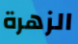
الزهرة